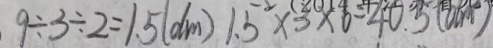
9 \div 3 \div 2 = 1 . 5 ( d m ) 1 . 5 ^ { 2 } \times 3 \times 6 = 4 0 . 3 ( d m )